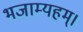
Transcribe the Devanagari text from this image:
भजाम्यहम्।